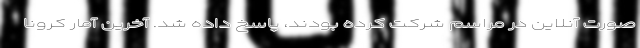
صورت آنلاین در مراسم شرکت کرده بودند، پاسخ داده شد. آخرین آمار کرونا